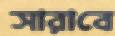
সারাবে